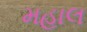
મહાલ